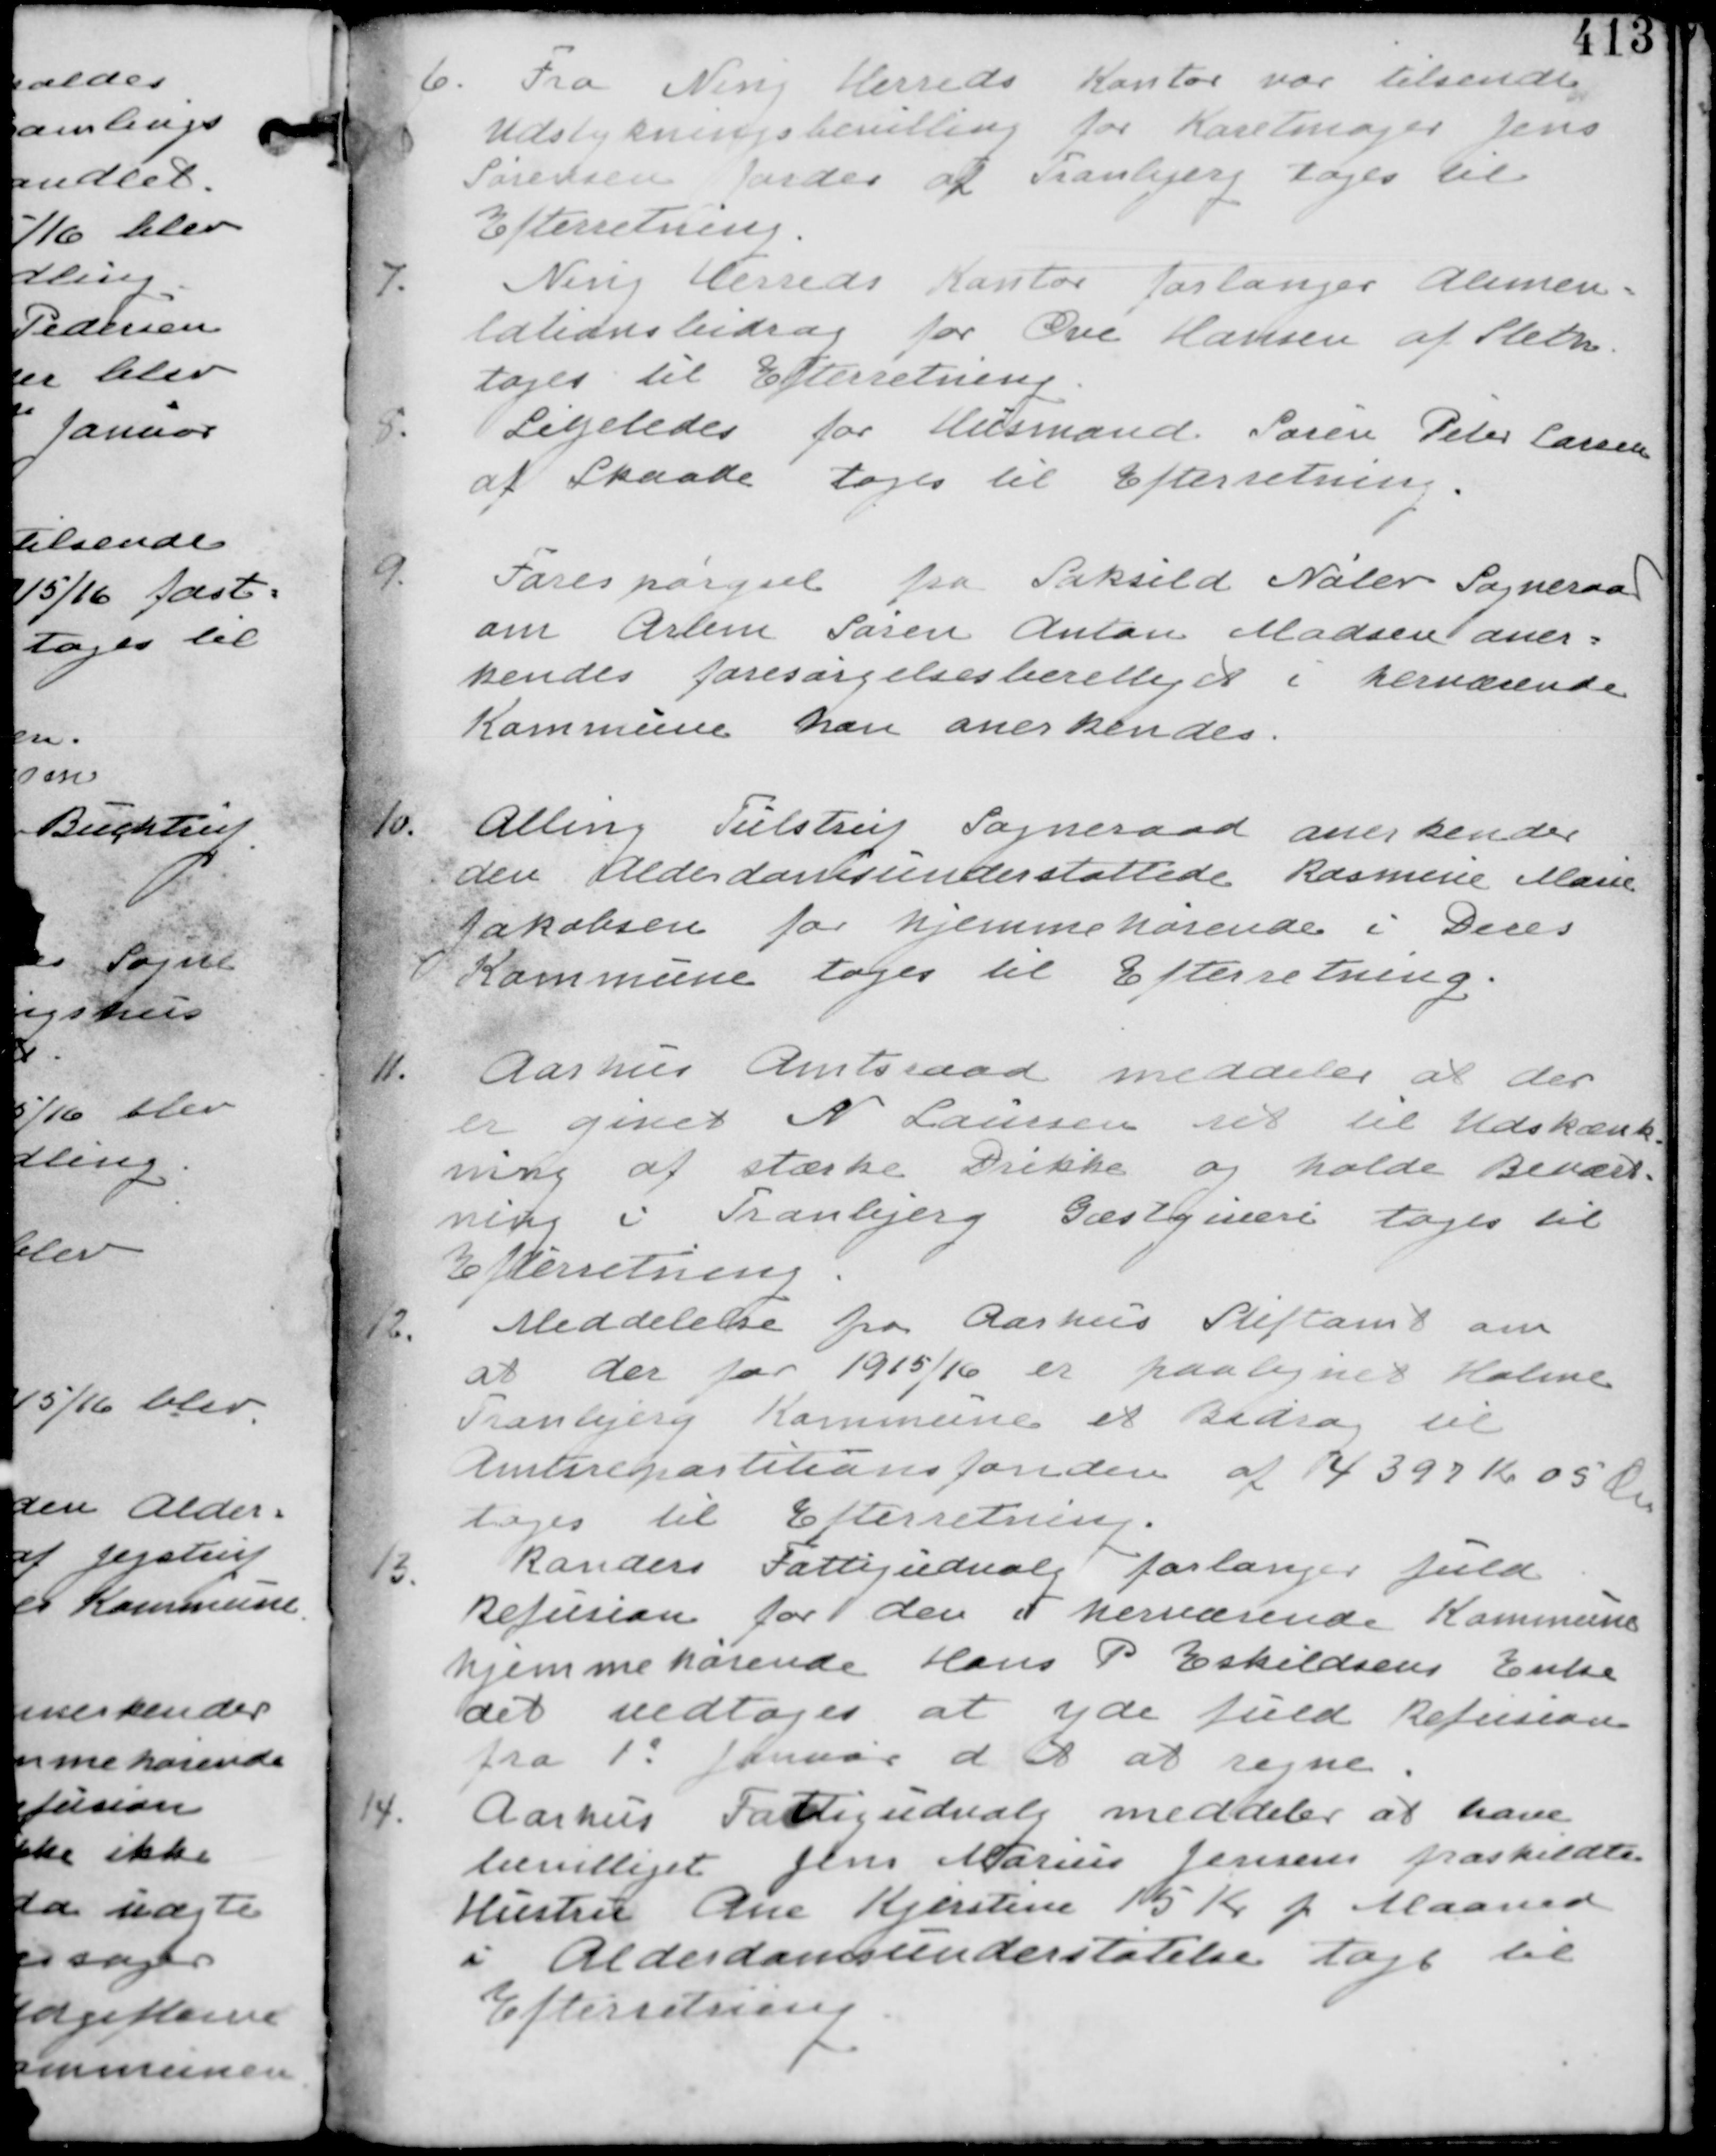
Transskription:
6.
Fra Ning Herreds Kontor var tilsendt
Udstykningsbevilling forKaretmager Jens
Sørensens Jorder af Tranbjerg tages til
Efterretning.

7.
Ning Herreds Kontor forlanger Alumen-
tationsbidrag for Ove Hansen af Sleth
tages til Efterretning

8.
Ligeledes for Husmand Søren Peter Larsen
af Skaade tages til Efterretning.

9.
Forespørgsel fra Saksild Nølev Sogneraad
om Arbm Søren Anton Madsen aner-
kendes forsørgelsesbevilliget i herværende
Kommune han anerkendes.

10.
Alling Tulstrup Sogneraad anerkender
den Alderdomsunderstøttede Rasmine Marie
Jakobsen for hjemmehørende i Deres
Kommune tages til Efterretning.

11.
Aarhus Amtsraad meddeler at der
er givet N Laursen ret til Udskænk-
ning af stærke Drikke og holde Bevært-
ning i Tranbjerg Gæstgiveri til
Efterretning.

12.
Meddelelse fra Aarhus Stiftamt om
at der for 1915/16 er paalignet Holme
Tranbjerg Kommune et Bidrag til
Amtsrepartitionsfonden af 4397 Kr 05 Øre
tages til Efterretning.

13.
Randers Fattigudvalg forlanger fuld
Refusion for den i herværende Kommune
hjemmehørende Hans P Eskildsens Enke
det vedtages at yde fuld Refusion
fra 1 Januar d A at regne.

14. Aarhus Fattigudvalg meddeler at have
bevilliget Jens Marius Jensen fraskildte
Hustru Ane Kjerstine 15 Kr p Maaned
i Alderdomsunderstøttelse tages til
Efterretning